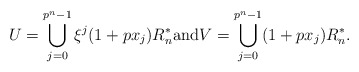
\begin{align*}U = \bigcup_{j=0}^{p^n-1} \xi^j (1+px_j)R_n^* \mbox{and} V = \bigcup_{j=0}^{p^n-1} (1+px_j)R_n^*.\end{align*}